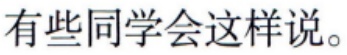
有些同学会这样说。